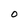
Character: O